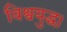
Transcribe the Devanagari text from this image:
विश्वयुद्ध।